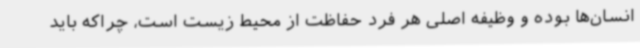
انسان‌ها بوده و وظیفه اصلی هر فرد حفاظت از محیط زیست است، چراکه باید